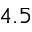
4 . 5